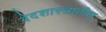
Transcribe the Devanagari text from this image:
वेदशास्त्रातील